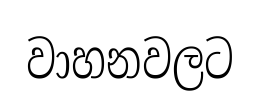
වාහනවලට